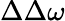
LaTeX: \Delta\Delta\omega